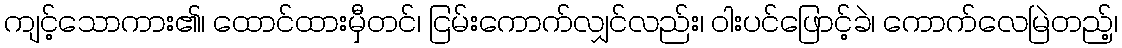
ကျင့်သောကား၏၊ ထောင်ထားမှီတင်၊ ငြမ်းကောက်လျှင်လည်း၊ ဝါးပင်ဖြောင့်ခဲ၊ ကောက်လေမြဲတည့်၊